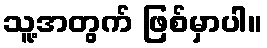
သူ့အတွက် ဖြစ်မှာပါ။